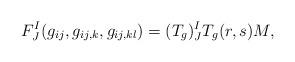
LaTeX: \begin{align*}F^I_J(g_{ij},g_{ij,k},g_{ij,kl})=(T_g)^I_JT_g(r,s)M,\end{align*}